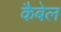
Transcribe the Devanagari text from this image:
कैबेल